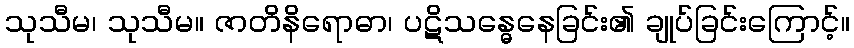
သုသီမ၊ သုသီမ။ ဇာတိနိရောဓာ၊ ပဋိသန္ဓေနေခြင်း၏ ချုပ်ခြင်းကြောင့်။